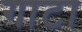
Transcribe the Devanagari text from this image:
गाटा